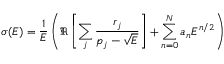
\sigma ( E ) = \frac { 1 } { E } \left( \Re \left[ \sum _ { j } \frac { r _ { j } } { p _ { j } - \sqrt { E } } \right] + \sum _ { n = 0 } ^ { N } a _ { n } E ^ { n / 2 } \right)